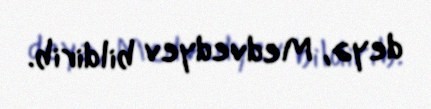
deyə, Medvedyev bildirib.